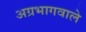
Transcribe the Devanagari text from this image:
अग्रभागवाले